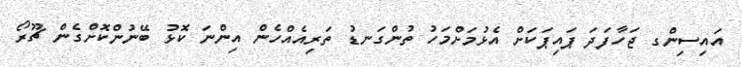
އައިސިންގ ޖަހާފަދަ ޕައިޕަކަށް އެޅުމަށްމަހު ތުންގަނޑު ތަރިއެއްހެން އިންނަ ކޮޅު ބޭނުންކޮށްގެން ޗޫރޯ